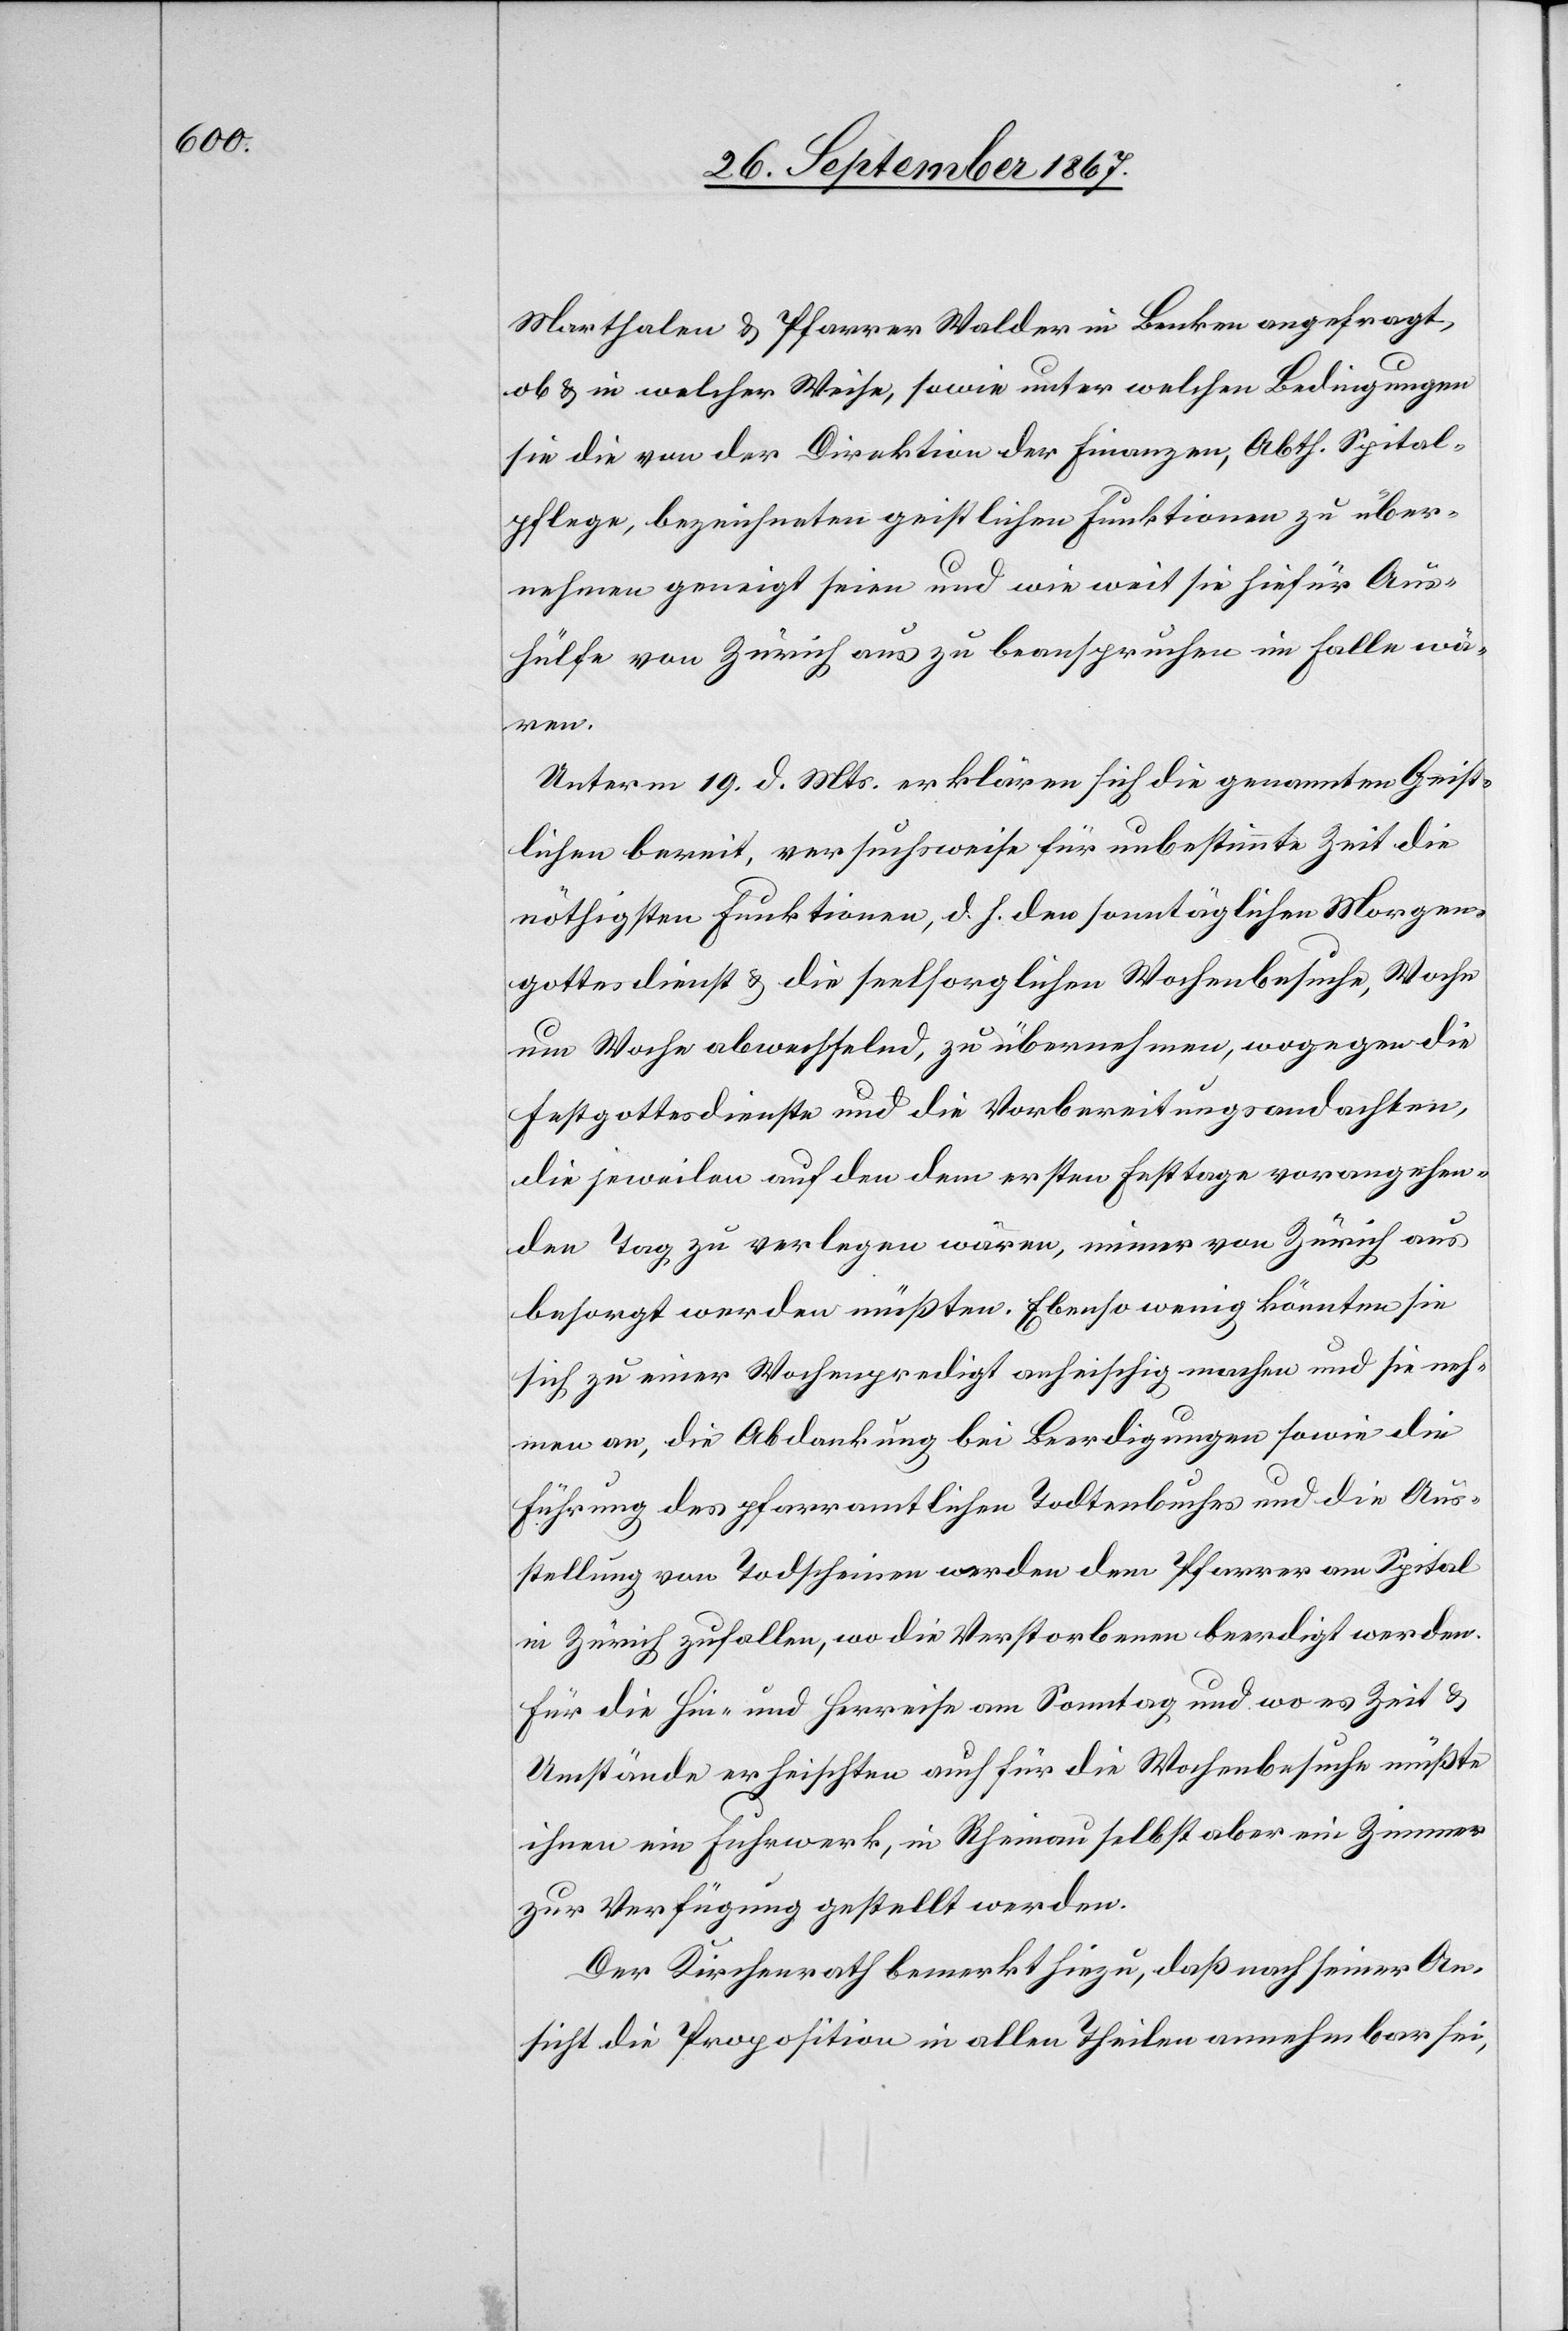
Aus¬

Marthalen u. Pfarrer Walder in Benken angefragt,
ob u. in welcher Weise, sowie unter welchen Bedingungen
sie die von der Direktion der Finanzen, Abth. Spital¬
pflege, bezeichneten geistlichen Funktionen zu über¬
nehmen geneigt seien und wie weit sie hiefür Aus¬
hülfe von Zürich aus zu beanspruchen im Falle wä¬
ren.
Unterm 19. d. Mts. erklären sich die genannten Geist¬
lichen bereit, versuchsweise für unbestimmte Zeit die
nöthigsten Funktionen, d. h. den sonntäglichen Morgen¬
gottesdienst u. die seelsorgerischen Wochenbesuche, Woche
um Woche abwechselnd, zu übernehmen, wogegen die
Festgottesdienste und die Vorbereitungsandachten,
die jeweilen auf den dem ersten Festtage vorangehen¬
den Tag zu verlegen wären, immer von Zürich aus
besorgt werden müßten. Ebenso wenig könnten sie
sich zu einer Wochenpredigt anheischig machen und sie neh¬
men an, die Abdankung bei Beerdigungen und die
stellung von Todscheinen werden dem Pfarrer am Spital
in Zürich zufallen, wo die Verstorbenen beerdigt werden.
Für die Hin- und Herreise am Sonntag und wo es Zeit u.
Umstände erheischten auch für die Wochenbesuche müßte
ihnen ein Fuhrwerk, in Rheinau selbst aber ein Zimmer
zur Verfügung gestellt werden.
Der Kirchenrath bemerkt hiezu, daß nach seiner An¬
sicht die Proposition in allen Theilen annehmbar sei,